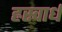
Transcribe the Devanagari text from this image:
ह्रस्वार्ध